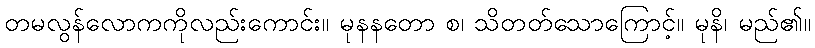
တမလွန်လောကကိုလည်းကောင်း။ မုနနတော စ၊ သိတတ်သောကြောင့်။ မုနိ၊ မည်၏။